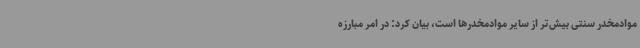
موادمخدر سنتی بیش‌تر از سایر موادمخدرها است، بیان کرد: در امر مبارزه